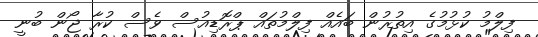
ފިލްމު ކުޅުމުގެ އިތުރުން ބަައެއް ފިލްމުތައް ޕްރޮޑިއުސް ވެސް ކުރާ ޖޯން ބުނީ